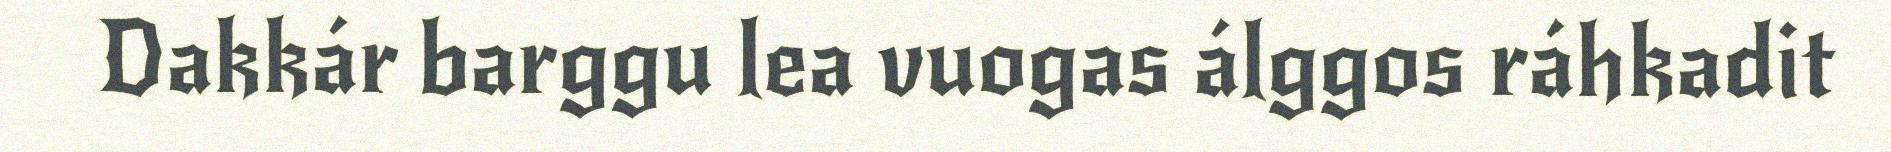
Dakkár barggu lea vuogas álggos ráhkadit